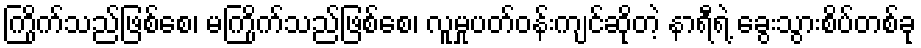
ကြိုက်သည်ဖြစ်စေ၊ မကြိုက်သည်ဖြစ်စေ၊ လူမှုပတ်ဝန်းကျင်ဆိုတဲ့ နာရီရဲ့ ခွေးသွားစိပ်တစ်ခု